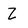
Character: Z